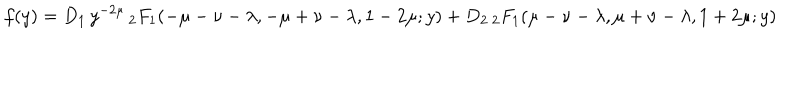
f ( y ) = D _ { 1 } \, y ^ { - 2 \mu } \, { _ 2 F _ { 1 } } ( - \mu - \nu - \lambda , - \mu + \nu - \lambda , 1 - 2 \mu ; y ) + D _ { 2 } \, { _ 2 F _ { 1 } } ( \mu - \nu - \lambda , \mu + \nu - \lambda , 1 + 2 \mu ; y )